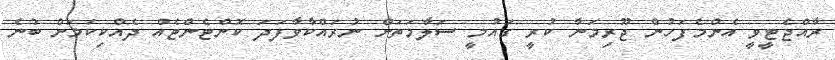
ރާއްޖެޓީވީ އެންމެފަހުން ޖޫރިމަނާ ކުރީ ގައުމީ ސަލާމަތަށް ނުރައްކާވާފަދަ ކޮންޓެންޓެއް ދެއްކިކަމަށް ބުނެ